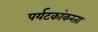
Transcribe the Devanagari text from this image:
पर्यटकांकरता